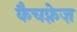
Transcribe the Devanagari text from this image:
कैचफ़्रेज़